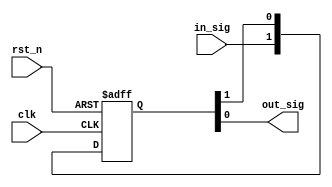
module sync #(parameter num_stages = 2)(
	input wire clk,
	input wire rst_n,
	input wire in_sig,
	output wire out_sig);
	
reg [num_stages-1:0] sync_reg;

always @ (posedge clk or negedge rst_n) begin
	if(!rst_n) begin
		sync_reg <= 'b0;
		
	end else begin
		sync_reg <= {in_sig,sync_reg[num_stages-1:1]};
	end
end

assign out_sig = sync_reg[0];

endmodule